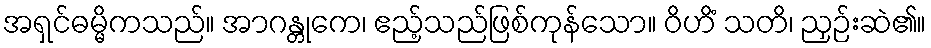
အရှင်ဓမ္မိကသည်။ အာဂန္တုကေ၊ ဧည့်သည်ဖြစ်ကုန်သော။ ဝိဟိံ သတိ၊ ညှဉ်းဆဲ၏။